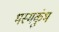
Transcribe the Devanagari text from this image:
भस्मकुंभ